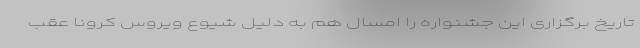
تاریخ برگزاری این جشنواره را امسال هم به دلیل شیوع ویروس کرونا عقب